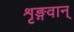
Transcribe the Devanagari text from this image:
शृङ्गवान्